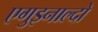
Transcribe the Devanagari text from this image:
एगुइनाल्दो